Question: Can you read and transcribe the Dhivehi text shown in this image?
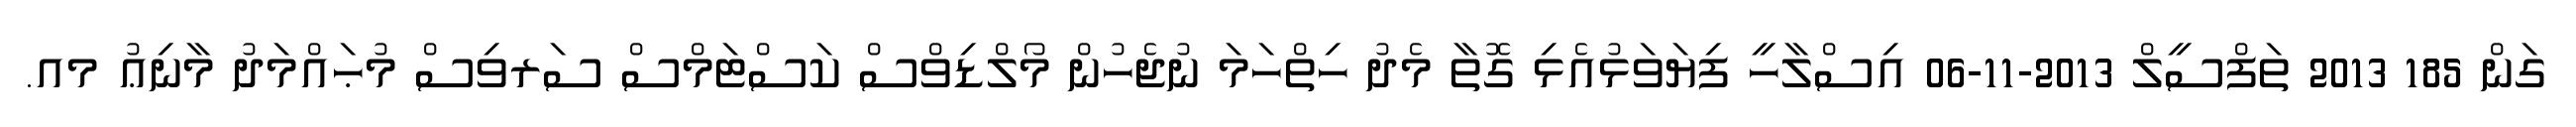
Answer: ގަން 185 2013 ތަފްސީލް 2013-11-06 އިސްލާހީ ފިޔަވަޅުއެޅި ގޮތާ މެދު ހިތްހަމަ ނުޖެހުން މޯލްޑިވްސް ކަސްޓަމްސް ސަރވިސް މުޙައްމަދު މާނިޢު މއ.